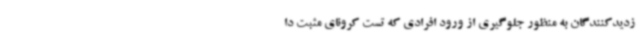
زدیدکنندگان به منظور جلوگیری از ورود افرادی که تست کرونای مثبت دا